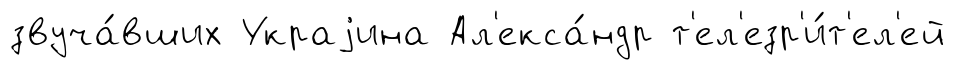
звуча́вших Украjина Ал'екса́ндр т'ел'езр'и́т'ел'ей